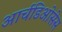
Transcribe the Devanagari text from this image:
आर्चडिओसेस